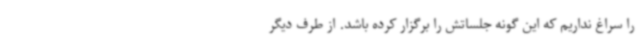
را سراغ نداریم که این گونه جلساتش را برگزار کرده باشد. از طرف دیگر